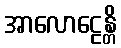
အာလောဠေန္တိ